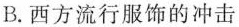
B.西方流行服饰的冲击